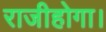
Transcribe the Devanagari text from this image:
राजीहोगा।